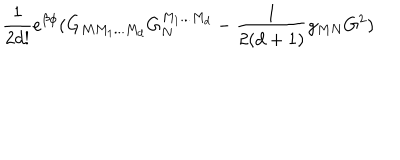
LaTeX: \frac { 1 } { 2 d ! } e ^ { \beta \phi } ( G _ { M M _ { 1 } . . . M _ { d } } G _ { N } ^ { M _ { 1 } . . . M _ { d } } - \frac { 1 } { 2 ( d + 1 ) } g _ { M N } G ^ { 2 } )